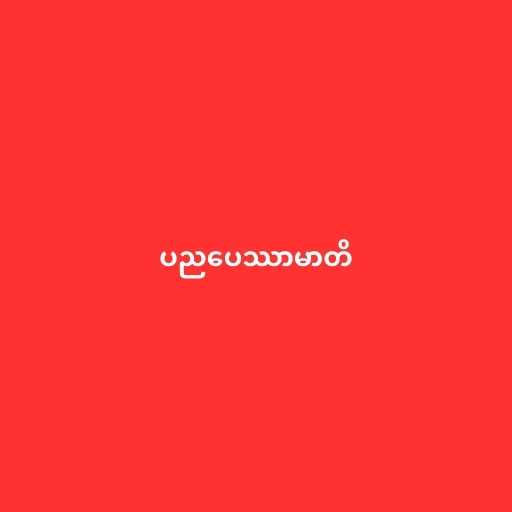
ပညပေဿာမာတိ